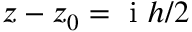
z - z _ { 0 } = \mathrm { ~ i ~ } h / 2